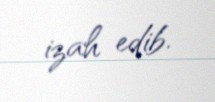
izah edib.